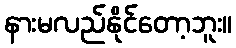
နားမလည်နိုင်တော့ဘူး။